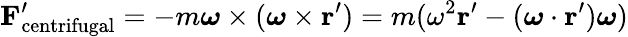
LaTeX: \mathbf{F}_{\mathrm{centrifugal}}^{\prime}=-m{\boldsymbol{\omega}}\times({\boldsymbol{\omega}}\times\mathbf{r}^{\prime})=m(\omega^{2}\mathbf{r}^{\prime}-({\boldsymbol{\omega}}\cdot\mathbf{r}^{\prime}){\boldsymbol{\omega}})